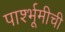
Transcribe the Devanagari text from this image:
पार्श्भूमीची